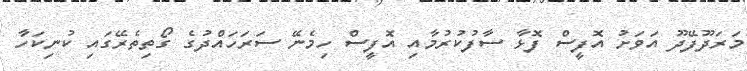
މަރަދޫފޭދޫ އަވަށު އޮފީސް ފޮޅާ ސާފުކުރުމާއި އޮފީސް ހިމެނޭ ސަރަހައްދުގެ ގޯތިތެރޭގައި ކުނިކަހާ